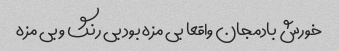
خورش بادمجان واقعا بی مزه بود بی رنگ و بی مزه